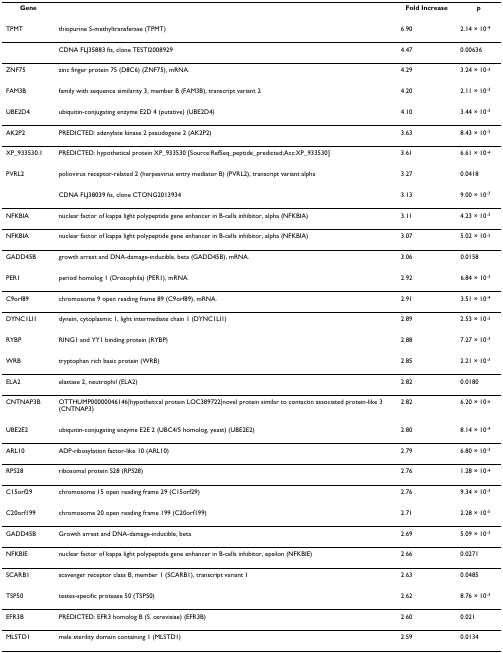
<table><thead><tr><td><b>Gene</b></td><td></td><td><b>Fold Increase</b></td><td><b>p</b></td></tr></thead><tbody><tr><td>TPMT</td><td>thiopurine S-methyltransferase (TPMT)</td><td>6.90</td><td>2.14 × 10<sup>-4</sup></td></tr><tr><td></td><td>CDNA FLJ35883 fis, clone TESTI2008929</td><td>4.47</td><td>0.00636</td></tr><tr><td>ZNF75</td><td>zinc finger protein 75 (D8C6) (ZNF75), mRNA.</td><td>4.29</td><td>3.24 × 10<sup>-3</sup></td></tr><tr><td>FAM3B</td><td>family with sequence similarity 3, member B (FAM3B), transcript variant 2</td><td>4.20</td><td>2.11 × 10<sup>-3</sup></td></tr><tr><td>UBE2D4</td><td>ubiquitin-conjugating enzyme E2D 4 (putative) (UBE2D4)</td><td>4.10</td><td>3.44 × 10<sup>-3</sup></td></tr><tr><td>AK2P2</td><td>PREDICTED: adenylate kinase 2 pseudogene 2 (AK2P2)</td><td>3.63</td><td>8.43 × 10<sup>-3</sup></td></tr><tr><td>XP_933530.1</td><td>PREDICTED: hypothetical protein XP_933530 [Source:RefSeq_peptide_predicted;Acc:XP_933530]</td><td>3.61</td><td>6.61 × 10<sup>-4</sup></td></tr><tr><td>PVRL2</td><td>poliovirus receptor-related 2 (herpesvirus entry mediator B) (PVRL2), transcript variant alpha</td><td>3.27</td><td>0.0418</td></tr><tr><td></td><td>CDNA FLJ38039 fis, clone CTONG2013934</td><td>3.13</td><td>9.00 × 10<sup>-7</sup></td></tr><tr><td>NFKBIA</td><td>nuclear factor of kappa light polypeptide gene enhancer in B-cells inhibitor, alpha (NFKBIA)</td><td>3.11</td><td>4.23 × 10<sup>-3</sup></td></tr><tr><td>NFKBIA</td><td>nuclear factor of kappa light polypeptide gene enhancer in B-cells inhibitor, alpha (NFKBIA)</td><td>3.07</td><td>5.02 × 10<sup>-3</sup></td></tr><tr><td>GADD45B</td><td>growth arrest and DNA-damage-inducible, beta (GADD45B), mRNA.</td><td>3.06</td><td>0.0158</td></tr><tr><td>PER1</td><td>period homolog 1 (Drosophila) (PER1), mRNA.</td><td>2.92</td><td>6.84 × 10<sup>-3</sup></td></tr><tr><td>C9orf89</td><td>chromosome 9 open reading frame 89 (C9orf89), mRNA.</td><td>2.91</td><td>3.51 × 10<sup>-4</sup></td></tr><tr><td>DYNC1LI1</td><td>dynein, cytoplasmic 1, light intermediate chain 1 (DYNC1LI1)</td><td>2.89</td><td>2.53 × 10<sup>-3</sup></td></tr><tr><td>RYBP</td><td>RING1 and YY1 binding protein (RYBP)</td><td>2.88</td><td>7.27 × 10<sup>-3</sup></td></tr><tr><td>WRB</td><td>tryptophan rich basic protein (WRB)</td><td>2.85</td><td>2.21 × 10<sup>-3</sup></td></tr><tr><td>ELA2</td><td>elastase 2, neutrophil (ELA2)</td><td>2.82</td><td>0.0180</td></tr><tr><td>CNTNAP3B</td><td>OTTHUMP00000046146|hypothetical protein LOC389722|novel protein similar to contactin associated protein-like 3 (CNTNAP3)</td><td>2.82</td><td>6.20 × 10<sup>-6</sup></td></tr><tr><td>UBE2E2</td><td>ubiquitin-conjugating enzyme E2E 2 (UBC4/5 homolog, yeast) (UBE2E2)</td><td>2.80</td><td>8.14 × 10<sup>-4</sup></td></tr><tr><td>ARL10</td><td>ADP-ribosylation factor-like 10 (ARL10)</td><td>2.79</td><td>6.80 × 10<sup>-3</sup></td></tr><tr><td>RPS28</td><td>ribosomal protein S28 (RPS28)</td><td>2.76</td><td>1.28 × 10<sup>-4</sup></td></tr><tr><td>C15orf29</td><td>chromosome 15 open reading frame 29 (C15orf29)</td><td>2.76</td><td>9.34 × 10<sup>-3</sup></td></tr><tr><td>C20orf199</td><td>chromosome 20 open reading frame 199 (C20orf199)</td><td>2.71</td><td>2.28 × 10<sup>-5</sup></td></tr><tr><td>GADD45B</td><td>Growth arrest and DNA-damage-inducible, beta</td><td>2.69</td><td>5.09 × 10<sup>-3</sup></td></tr><tr><td>NFKBIE</td><td>nuclear factor of kappa light polypeptide gene enhancer in B-cells inhibitor, epsilon (NFKBIE)</td><td>2.66</td><td>0.0271</td></tr><tr><td>SCARB1</td><td>scavenger receptor class B, member 1 (SCARB1), transcript variant 1</td><td>2.63</td><td>0.0485</td></tr><tr><td>TSP50</td><td>testes-specific protease 50 (TSP50)</td><td>2.62</td><td>8.76 × 10<sup>-3</sup></td></tr><tr><td>EFR3B</td><td>PREDICTED: EFR3 homolog B (S. cerevisiae) (EFR3B)</td><td>2.60</td><td>0.021</td></tr><tr><td>MLSTD1</td><td>male sterility domain containing 1 (MLSTD1)</td><td>2.59</td><td>0.0134</td></tr></tbody></table>